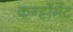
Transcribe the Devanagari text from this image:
कन्ट्टोंमेंट